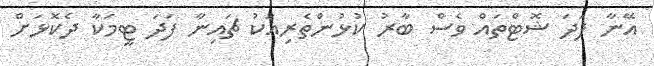
އޭނާ ފަދަ ޝޮޓްތައް ވެސް ބާރު ކުޅުންތެރިއަކު ޗައިނާ ފަދަ ޓީމަކާ ދެކޮޅަށް